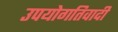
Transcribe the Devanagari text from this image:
उपयोगतिवादी